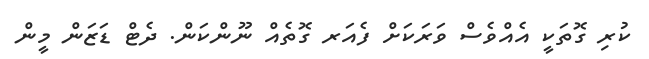
ކުރި ގޮތަކީ އެއްވެސް ވަރަކަށް ފެއަރ ގޮތެއް ނޫންކަން. ދެޓް ޑަޒަން މީން